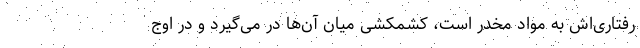
رفتاری‌اش به مواد مخدر است، کشمکشی میان آن‌ها در می‌گیرد و در اوج